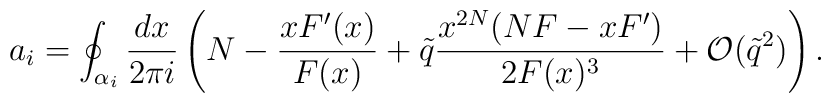
a_{i} = \oint_{\alpha_{i}} \frac{dx}{2 \pi i} \left(N - \frac{x F^{\prime}(x)}{F(x)} + \tilde{q} \frac{x^{2N} (NF - x F^{\prime}) }{2F(x)^3} + \mathcal{O}(\tilde{q}^{2}) \right).